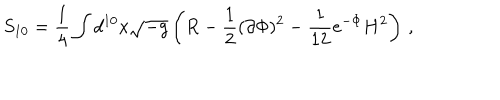
S _ { 1 0 } = \frac { 1 } { 4 } \int d ^ { 1 0 } x \sqrt { - g } \left( R - \frac { 1 } { 2 } ( \partial \Phi ) ^ { 2 } - \frac { 1 } { 1 2 } e ^ { - \Phi } H ^ { 2 } \right) \, ,